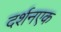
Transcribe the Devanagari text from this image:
दर्शनएक